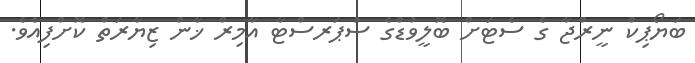
ބަޔޯޕިކް ނީރްޖާ ގެ ސެޓަށް ބޮލީވުޑްގެ ސުޕަރސްޓާ އާމިރް ޚާން ޒިޔާރަތް ކޮށްފިއެވެ.